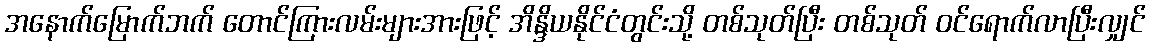
အနောက်မြောက်ဘက် တောင်ကြားလမ်းများအားဖြင့် အိန္ဒိယနိုင်ငံတွင်းသို့ တစ်သုတ်ပြီး တစ်သုတ် ဝင်ရောက်လာပြီးလျှင်